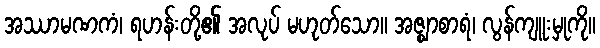
အဿာမဏကံ၊ ရဟန်းတို့၏ အလုပ် မဟုတ်သော။ အဇ္ဈာစာရံ၊ လွန်ကျူးမှုကို။